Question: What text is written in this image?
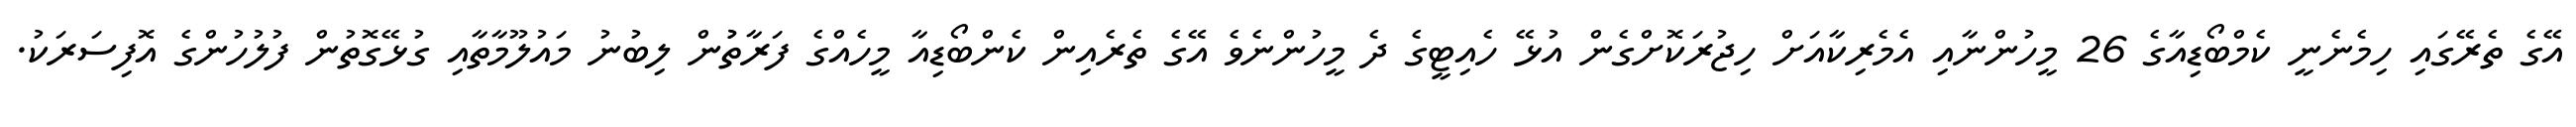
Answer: އޭގެ ތެރޭގައި ހިމެނެނީ ކެމްބޯޑިއާގެ 26 މީހުންނާއި އެމެރިކާއަށް ހިޖުރަކޮށްގެން އުޅޭ ހެއިޓީގެ ދެ މީހުންނެވެ އޭގެ ތެރެއިން ކެންބޯޑިއާ މީހެއްގެ ފަރާތުުން ލިބުނު މައުލޫމާތާއި ގުޅޭގޮތުން ފުލުހުންގެ އޮފިސަރަކު.